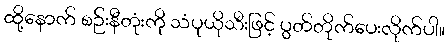
ထို့နောက် စဉ်းနီတုံးကို သံပုယိုသီးဖြင့် ပွတ်တိုက်ပေးလိုက်ပါ။